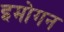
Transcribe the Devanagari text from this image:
इमोगन